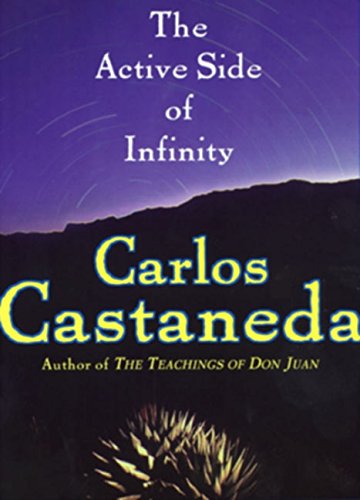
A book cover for The Active Side of Infinity; Carlos Castaneda; Religion & Spirituality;